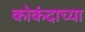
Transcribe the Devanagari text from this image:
कोकंदाच्या